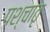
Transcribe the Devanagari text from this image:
पश्चातृ